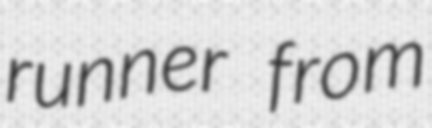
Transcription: runner from